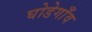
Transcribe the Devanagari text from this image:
घोडेगाँव